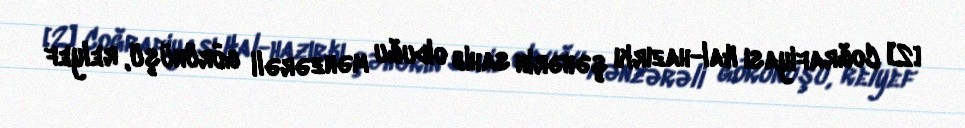
[2] Coğrafiyası Hal-hazırkı şəhərin sahib olduğu mənzərəli görünüşü, relyef